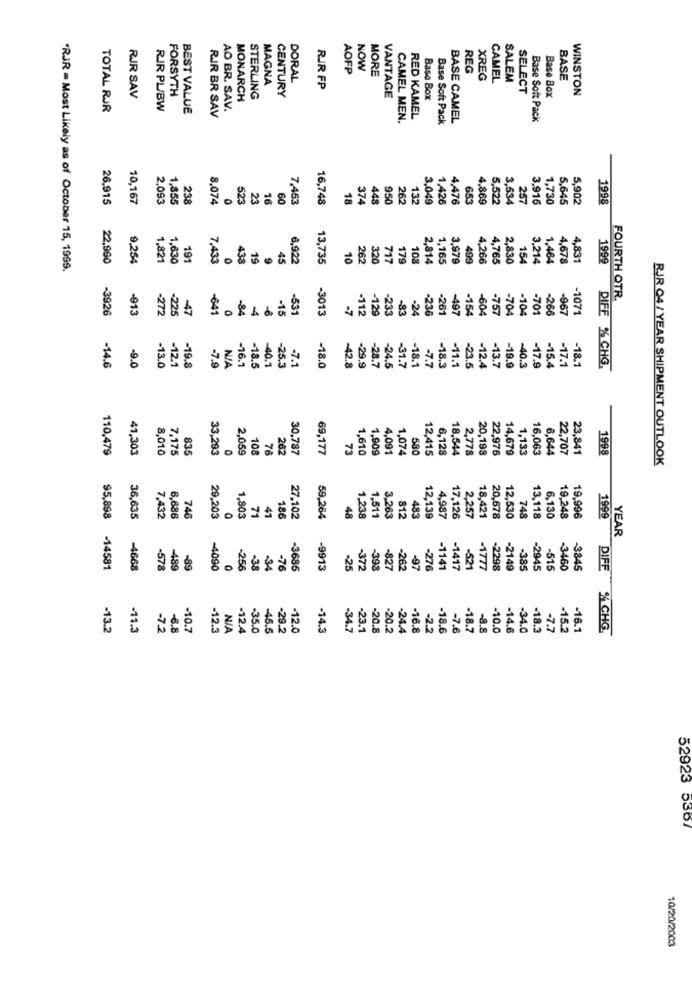
AOFP
NOW
REG
MAGNA
DORAL
MORE
XREG
CAMEL
SALEM
BASE
CENTURY
RIR FP
SELECT
WINSTON
RJR SAV
FORSYTH
MONARCH
STERLING
VANTAGE
Base Box
Base Box
TOTAL RJR
RIR PL/BW
BEST VALUE
RIR BR SAV
AO BR. SAV.
CAMEL MEN.
RED KAMEL
Base Soft Pack
BASE CAMEL
Base Soft Pack
26.915
10,167
2.093
1,855
238
8.074
0
523
23
16
60
7,453
16,748
18
374
448
950
262
132
3,049
1,426
4,476
653
4.869
5.522
3.534
257
3.916
1.730
5,645
5,902
1998
22,990
9,254
1,821
1,630
191
7.433
0
43.
19
9
45
6,922
13,735
10
262
320
717
179
108
2,814
1,165
3,979
499
4,266
4,765
2,830
154
3.214
1,464
4,678
4,831
1999
"RJR = Most Likely as of October 15, 1999.
FOURTH QTR.
-3926
-913
.272
-225
-47
-641
-84
-6
-15
-531
-3013
-7
-112
129
-233
-83
-24
-236
-261
-497
-154
-604
-757
704
-104
-701
-266
-967
-1071
-4
-9.0
-12.1
-7.9
-7.1
-7.7
-14.6
-13.0
-19.8
-16.1
-18.5
-40.1
-25.3
-18.0
-42.8
-29.9
-28.7
-24.5
-31.7
-18.1
-18.3
-11.1
-23.5
-12.4
-13.7
-19.9
-40.3
-17.9
-15.4
-17.1
-18.1
DIFE % CHG.
110,479
41,303
8,010
7,175
835
33,293
2,059
108
76
262
30,787
69,177
73
1,610
1,909
4,091
1,074
12,415
6,128
18,544
2,778
20,198
22,976
14,679
1,133
16,063
6,644
22,707
23,841
1998
RJR 04/ YEAR SHIPMENT OUTLOOK
812
95,898
36,635
7,432
6,686
746
29,203
1,803
71
41
186
27,102
59,264
48
1.238
1,511
3.263
483
12,139
4,987
17,126
2,257
18,421
20,678
12,530
748
13,118
6,130
19,248
19,996
1999
YEAR
-14581
-4668
-578
489
-89
-4090
-256
-38
-34
-76
-3685
-9913
-25
-372
-393
-827
-262
-97
-276
-1141
-1417
-521
-2298
-2149
-385
-2945
-515
-3460
-3845
DIFE
-13.2
-11.3
-7.2
-6.8
-10.7
-12.3
NIA
-12.4
-35.0
-45.5
-29.2
-12.0
-14.3
-34.7
-23.1
-20.8
-20.2
-24.4
-16.8
-2.2
-18.6
-7.6
-18.7
-8.8
-10.0
-14.6
-34.0
-18.3
-7.7
-15.2
-16.1
% CHG.
52923 5367
10/20/2003